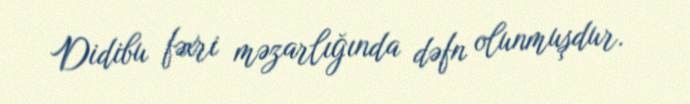
Didibu fəxri məzarlığında dəfn olunmuşdur.